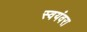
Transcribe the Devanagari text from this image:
स्वयंवरा